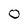
Character: O